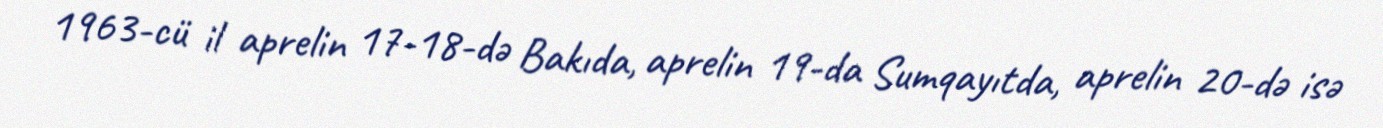
1963-cü il aprelin 17-18-də Bakıda, aprelin 19-da Sumqayıtda, aprelin 20-də isə